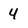
Character: 4